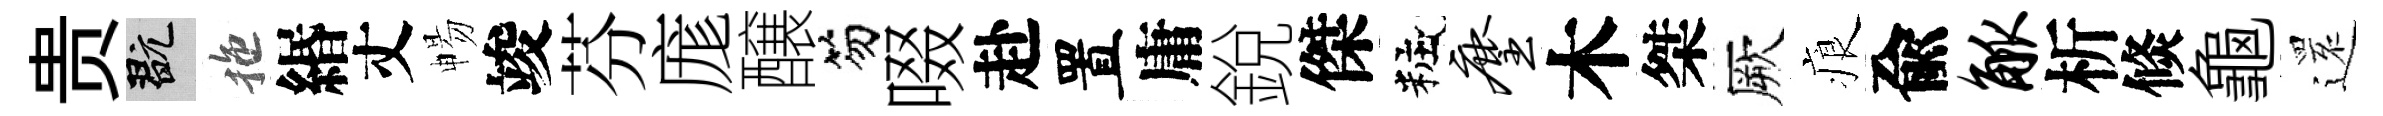
贵玩拖緡丈暢竣芬庬醸笏啜赴置庸銳傑粧麈木桀厥痕兪觚析倐龜𮟃